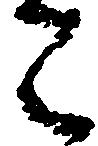
こ